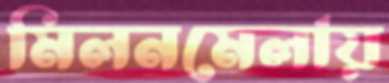
মিলনমেলায়